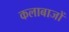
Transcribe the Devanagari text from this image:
कलाबाजों